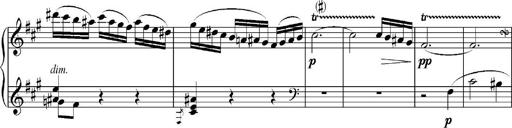
Title: Sonatina No.5
Composer: Otto Stoll
Key: F-sharp minor